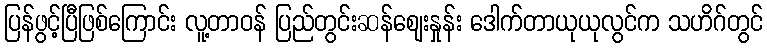
ပြန်ဖွင့်ပြီဖြစ်ကြောင်း လူ့တာဝန် ပြည်တွင်းဆန်ဈေးနှုန်း ဒေါက်တာယုယုလွင်က သဟိဂ်တွင်